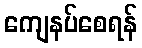
ကျေနပ်စေရန်